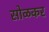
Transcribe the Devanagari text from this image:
सोळकर